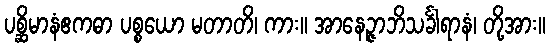
ပစ္ဆိမာနံဧကဓာ ပစ္စယော မတာတိ၊ ကား။ အာနေဉ္ဇာဘိသင်္ခါရာနံ၊ တို့အား။